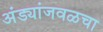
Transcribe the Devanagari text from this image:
अंड्यांजवळचा